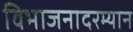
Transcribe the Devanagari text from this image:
विभाजनादरम्यान